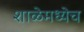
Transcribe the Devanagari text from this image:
शाळेमध्येच